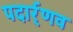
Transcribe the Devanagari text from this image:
पदार्र्णव